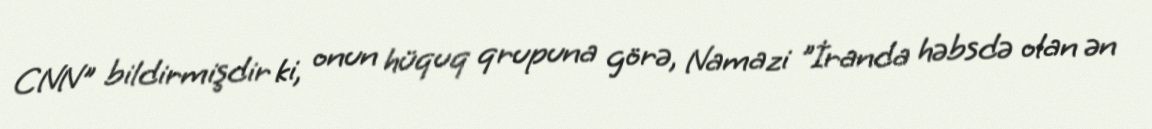
CNN" bildirmişdir ki, onun hüquq qrupuna görə, Namazi "İranda həbsdə olan ən